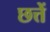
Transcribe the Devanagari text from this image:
छत्तें